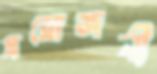
প্রয়োজনী